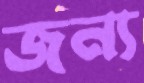
জন্য